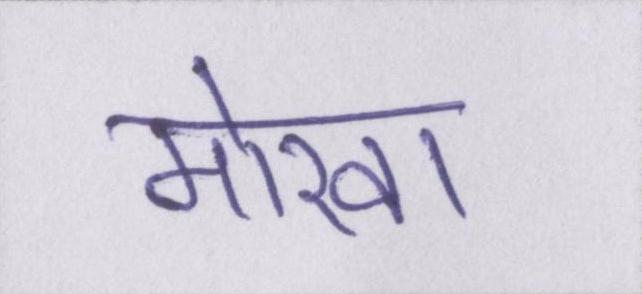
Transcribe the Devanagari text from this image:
मोखा